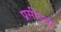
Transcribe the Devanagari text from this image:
प्रसीदतु